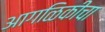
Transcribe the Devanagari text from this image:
आगळिकीचा